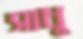
সাধু